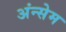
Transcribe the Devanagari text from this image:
अंन्सेम